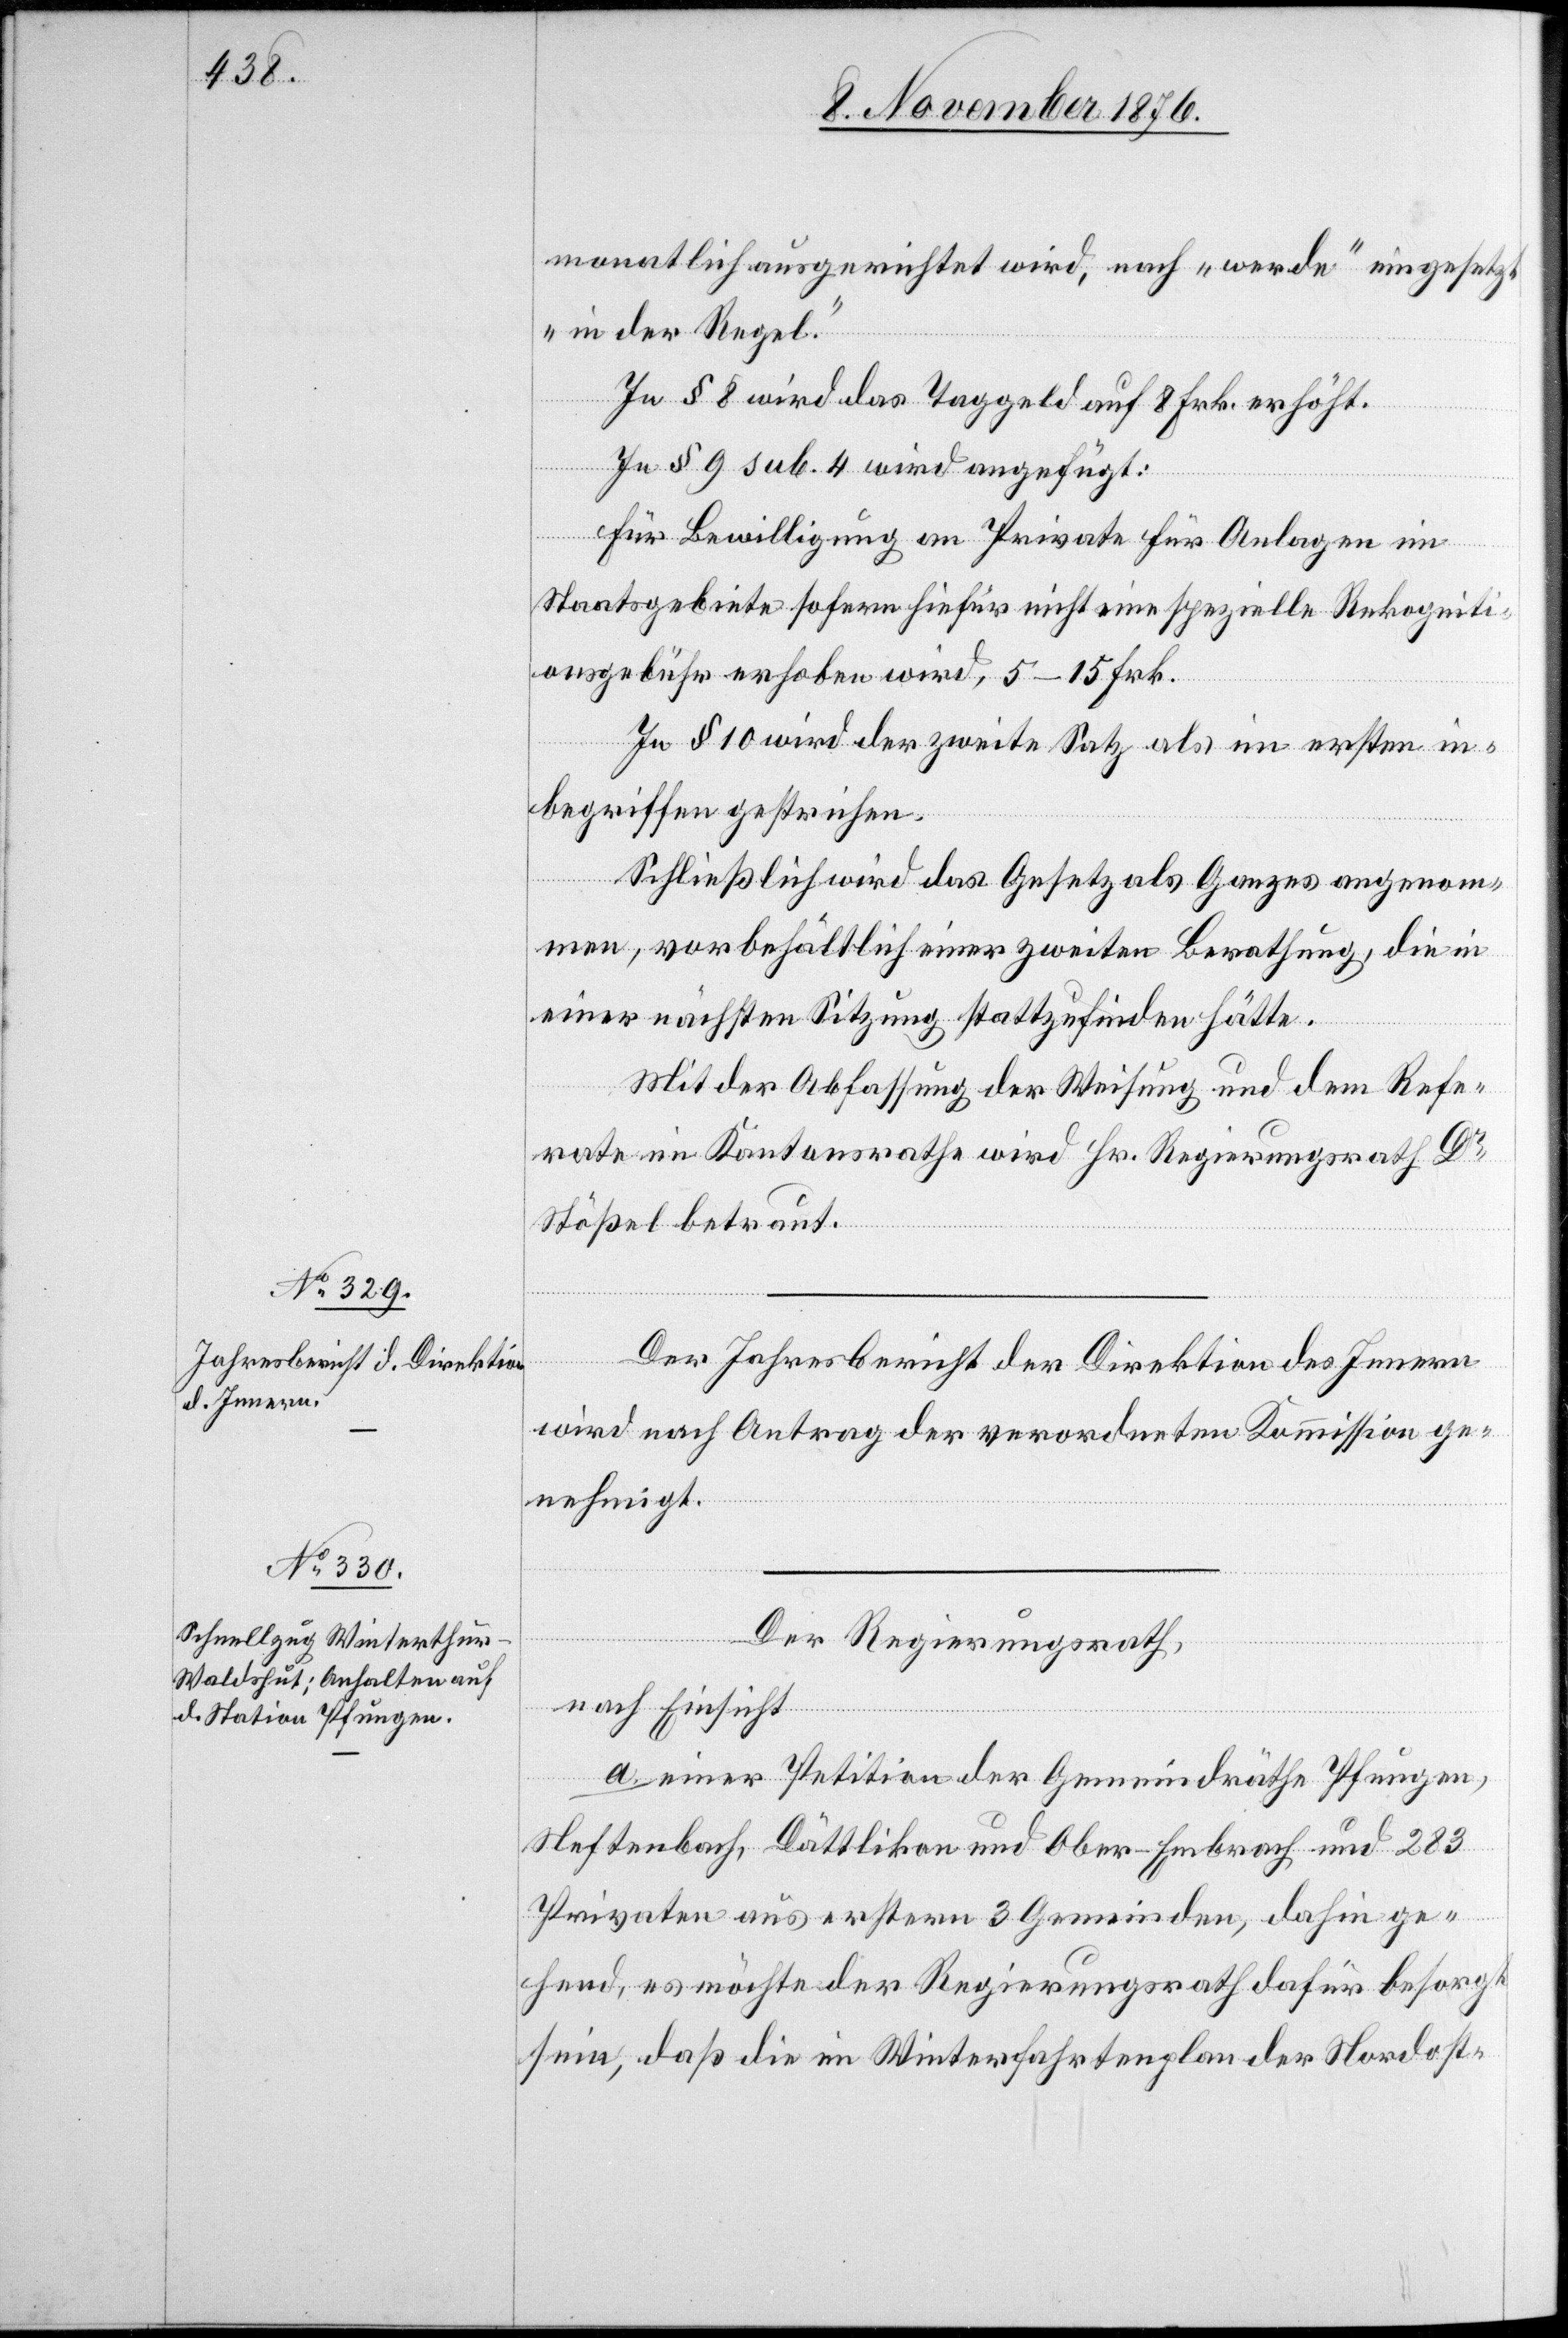
monatlich ausgerichtet wird, nach „werde“ eingesetzt
„in der Regel.“
In § 8 wird das Taggeld auf 8 Frk. erhöht.
In § 9 sub. 4 wird angefügt:
Für Bewilligung an Private für Anlagen im
Staatsgebiete sofern hiefür nicht eine spezielle Rekogniti¬
onsgebühr erhoben wird, 5–15 Frk.
In § 10 wird der zweite Satz als im ersten in¬
begriffen gestrichen.
Schließlich wird das Gesetz als Ganzes angenom¬
men, vorbehältlich einer zweiten Berathung, die in
einer nächsten Sitzung stattzufinden hätte.
Mit der Abfassung der Weisung und dem Refe¬
rate im Kantonsrathe wird Hr. Regierungsrath Dr
Stößel betraut.
Der Jahresbericht der Direktion des Innern
wird nach Antrag der verordneten Kommission ge¬
nehmigt.
Der Regierungsrath,
nach Einsicht
a. einer Petition der Gemeindräthe Pfungen,
Neftenbach, Dättlikon und Ober-Embrach und 183
Privaten aus erstern 3 Gemeinden, dahin ge¬
hend, es möchte der Regierungsrath dafür besorgt
sein, daß die im Winterfahrtenplan der Nordost-